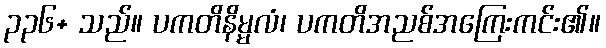
၃၃၆+ သည်။ ပကတိနိမ္မလံ၊ ပကတိအညစ်အကြေးကင်း၏။